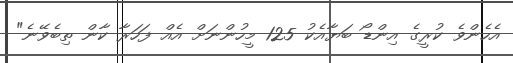
އެހެެންވެ ކުރީގެ އިންޑޯ ބަޔާއެކު 125 މީހުންނަށް އެއް ފަހަރާ ކާން ތިބެވޭނެ"